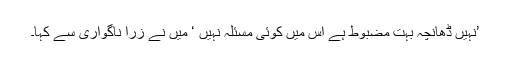
’نہیں ڈھانچہ بہت مضبوط ہے اس میں کوئی مسئلہ نہیں ‘ میں نے زرا ناگواری سے کہا۔